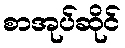
စာအုပ်ဆိုင်